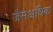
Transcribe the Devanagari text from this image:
जैसेअधिक